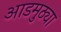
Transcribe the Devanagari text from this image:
आडमुठ्या